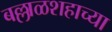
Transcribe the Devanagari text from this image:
बल्लाळशहाच्या